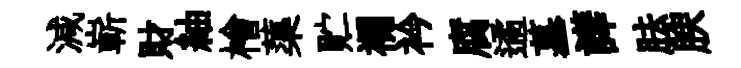
減嶄財紬檜蕖贮襴衿腐遹墓譁胠腴